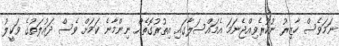
ނަމަވެސް ހާޒިރު ނުކުރެވިއްޖެނަމަ އެމައްސަލާގައި އިތުރުގޮތެއް ނިންމާނެ ކަމަށް ވެސް ދައުލަތުގެ ވަކީލު